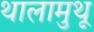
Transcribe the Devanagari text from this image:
थालामुथू